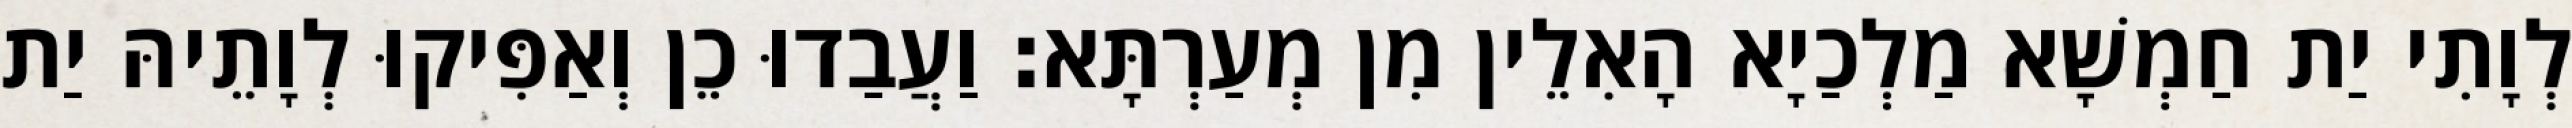
לְוָתִי יַת חַמְשָׁא מַלְכַיָא הָאִלֵין מִן מְעַרְתָּא׃ וַעֲבַדוּ כֵן וְאַפִּיקוּ לְוָתֵיהּ יַת